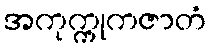
အကုက္ကုကဇာတံ